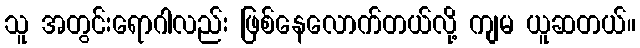
သူ အတွင်းရောဂါလည်း ဖြစ်နေလောက်တယ်လို့ ကျမ ယူဆတယ်။